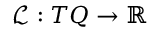
\mathcal { L } : T Q \rightarrow \mathbb { R }